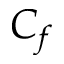
C _ { f }